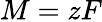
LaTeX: M=zF